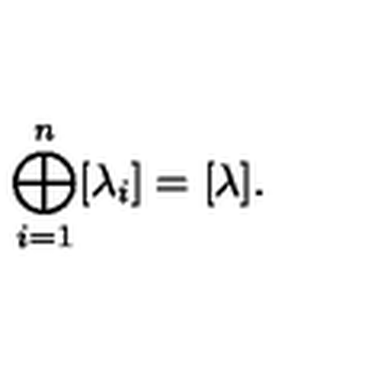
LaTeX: \bigoplus _ { i = 1 } ^ { n } [ \lambda _ { i } ] = [ \lambda ] .